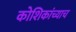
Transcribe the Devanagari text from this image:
कोशिकांच्याच